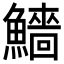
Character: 𩼒